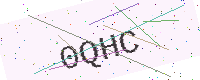
Text: 0QHC